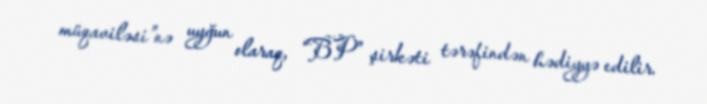
müqaviləsi”nə uyğun olaraq, “BP” şirkəti tərəfindən hədiyyə edilir.